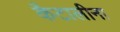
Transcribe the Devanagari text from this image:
कैटालीना